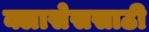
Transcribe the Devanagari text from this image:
क्लासेससाठी